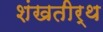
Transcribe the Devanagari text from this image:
शंखतीर्थ